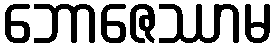
ဘောဇေဿာမ